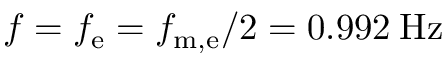
f = f _ { \mathrm { e } } = f _ { \mathrm { m , e } } / 2 = 0 . 9 9 2 \: \mathrm { H z }